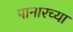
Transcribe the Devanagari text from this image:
पानारच्या